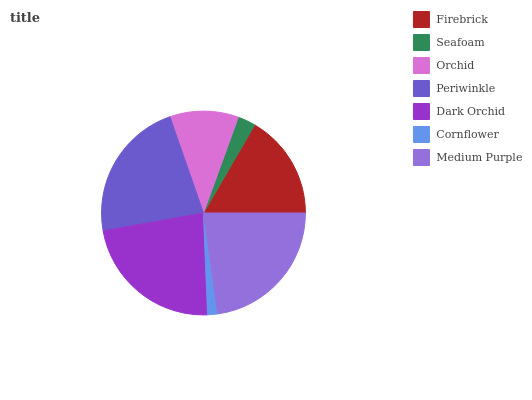
| Firebrick | Seafoam | Orchid | Periwinkle | Dark Orchid | Cornflower | Medium Purple |
 | --- | --- | --- | --- | --- | --- | --- |
 | 16.6% | 2.84% | 10.9% | 22.5% | 22.8% | 1.61% | 22.8% |